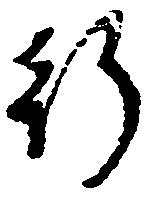
行